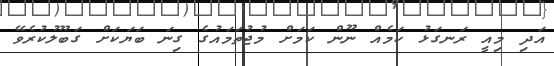
އަދި މިއީ ރަނގަޅު ކަމެއް ނޫން ކަމަށް މުޖުތަމައުގެ ގިނަ ބަޔަކަށް ގަބޫލުކުރެވޭ